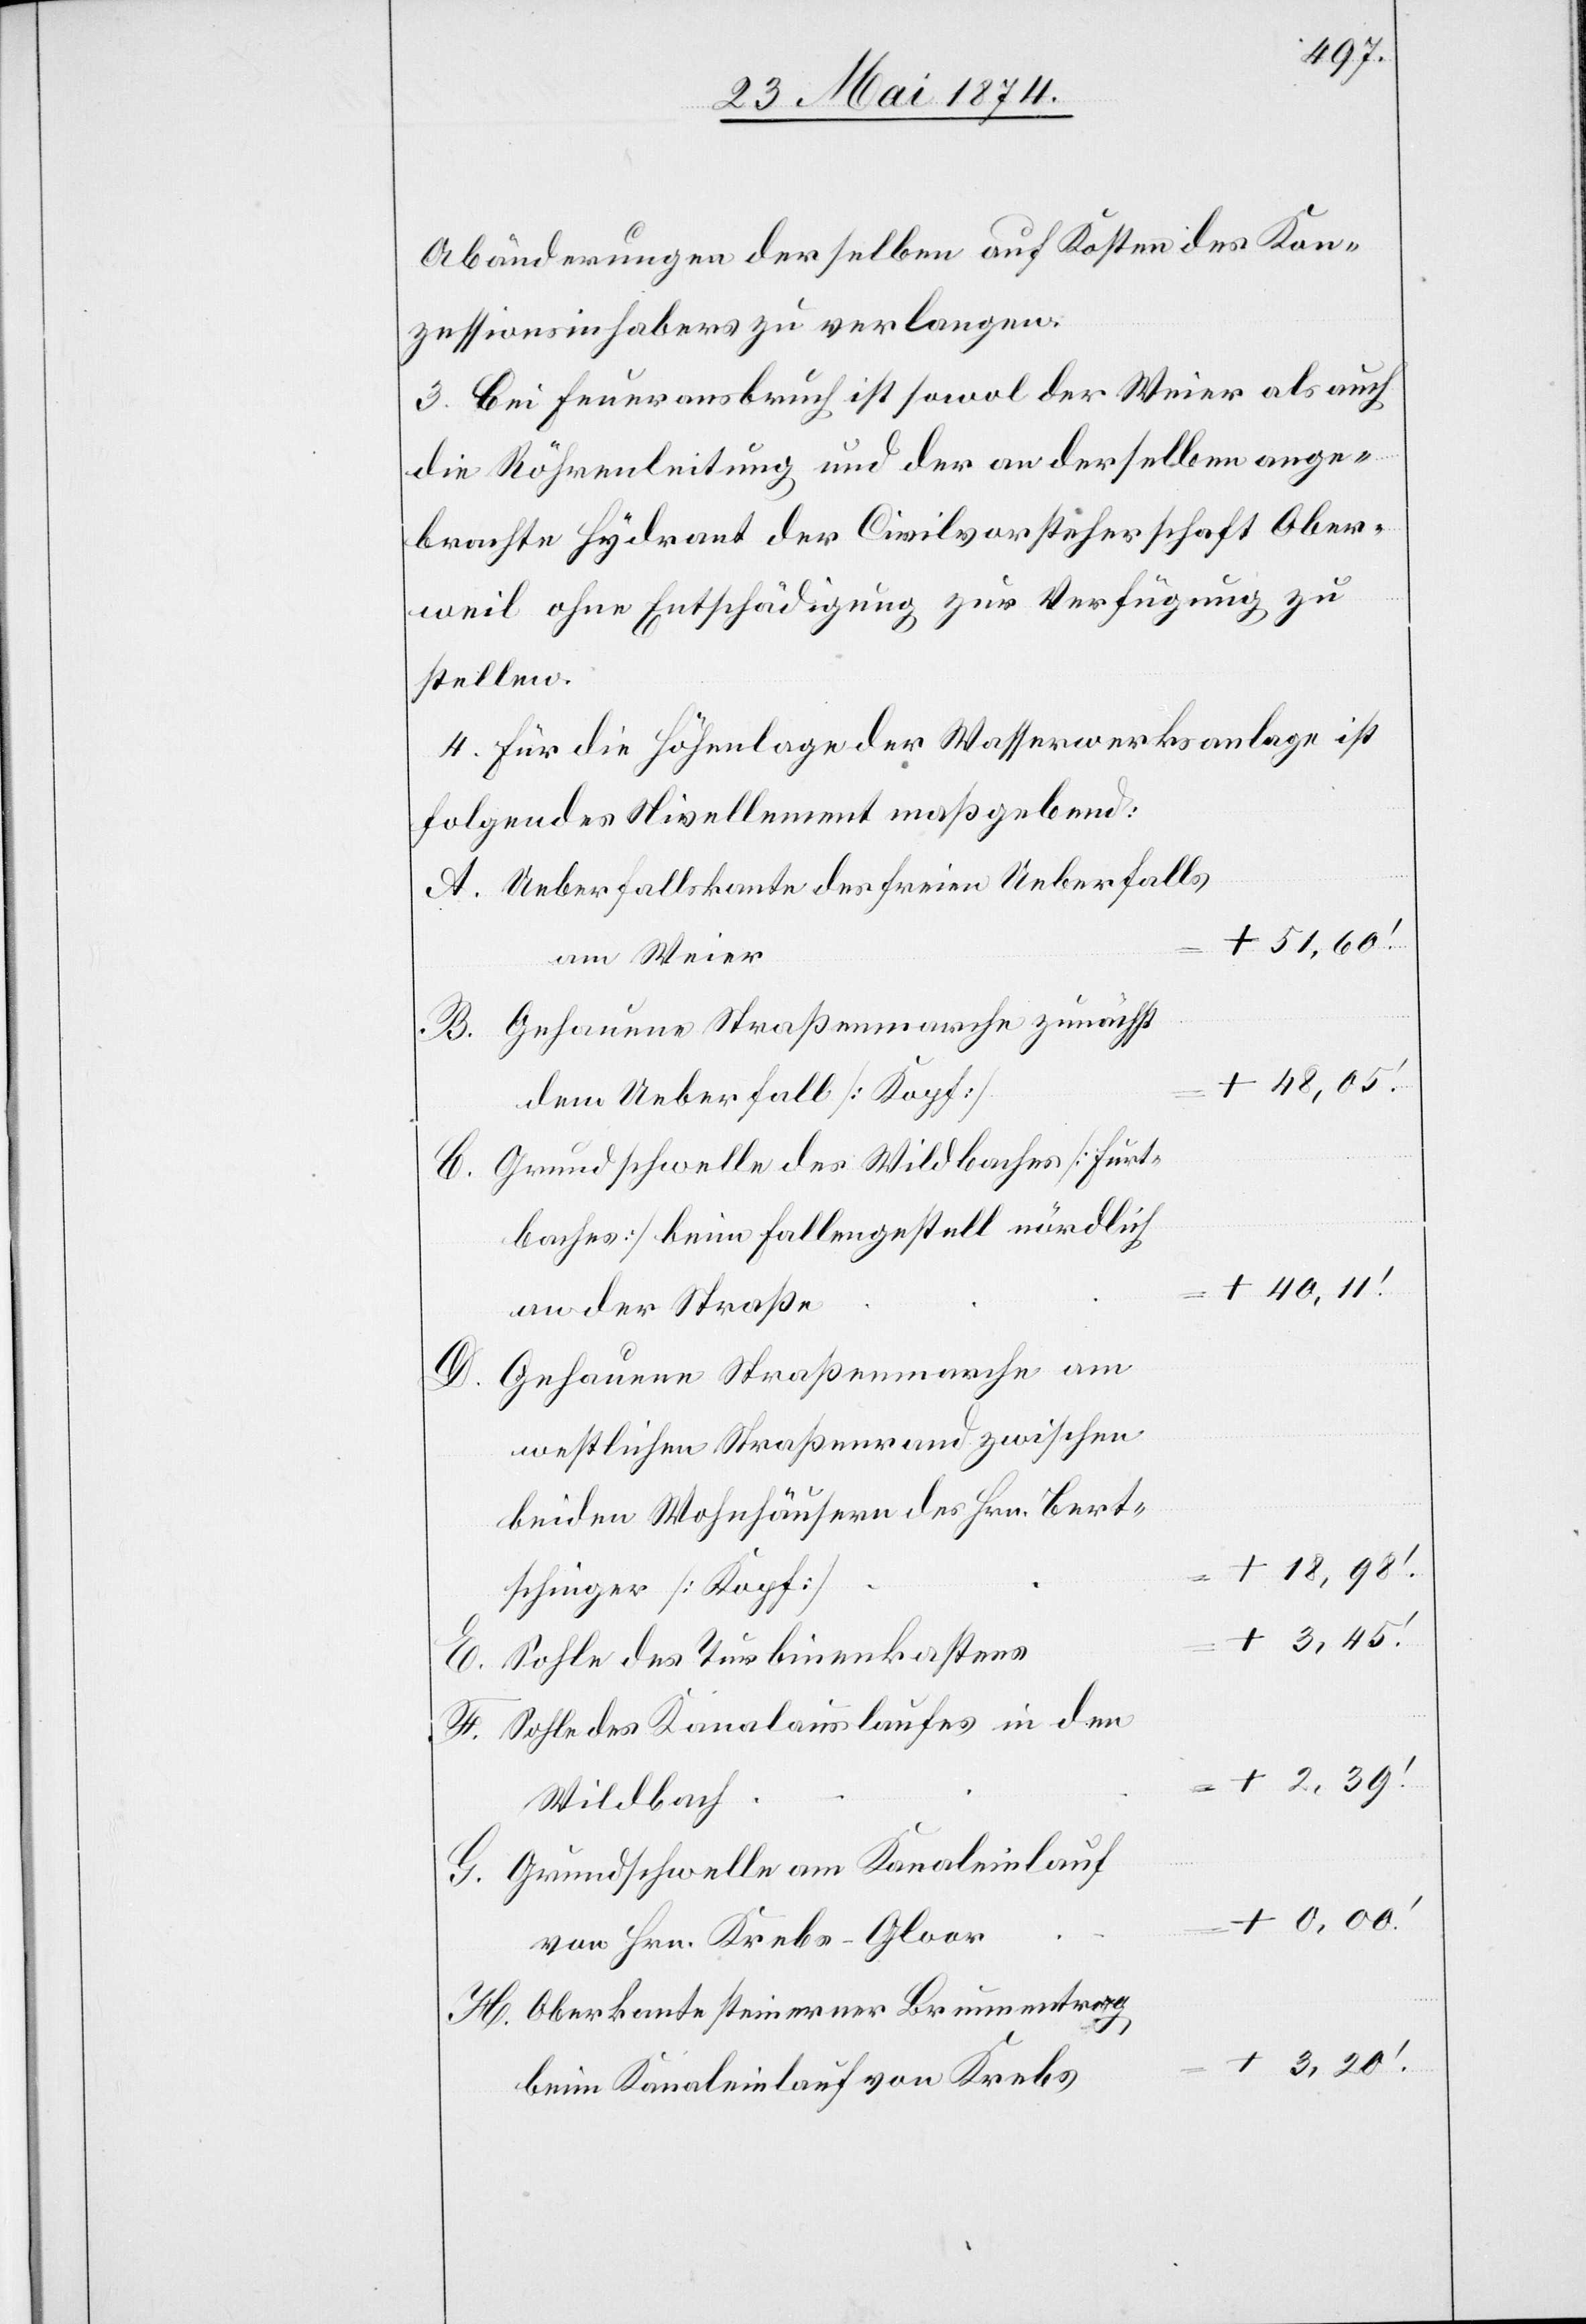
Abänderungen derselben auf Kosten des Kon¬
zessionsinhabers zu verlangen.
3. Bei Feuersausbruch ist sowol der Weier als auch
die Röhrenleitung und der an derselben ange¬
brachte Hydrant der Civilvorsteherschaft Ober¬
weil ohne Entschädigung zur Verfügung zu
stellen.
4. Für die Höhenlage der Wasserwerksanlage ist
folgendes Nivellement maßgebend:
Ueberfallskante des freien Ueberfalls
+ 51,60‘
am Weier
+ 48,05‘
dem Ueberfall [Kopf]
Grundschwelle des Wildbaches [Furt¬
baches] beim Fallengestell nördlich
+ 40,11‘
an der Straße
G.
Gehauene Straßenmarche am
westlichen Straßenrand zwischen
beiden Wohnhäusern des Hrn. Bert¬
+ 18,98‘
+
schinger [Kopf]
Sohle des Turbinenkastens
H.
Sohle des Kanalauslaufes in den
Wildbach
Grundschwelle am Kanaleinlauf
von Hrn. Krebs-Gloor
Oberkante steinerner Brunnentrog,
beim Kanaleinlauf von Krebs